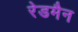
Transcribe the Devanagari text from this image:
रेडमैन